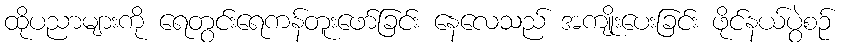
ထိုပညာများကို ရေတွင်းရေကန်တူးဖော်ခြင်း နေလေသည် အကျိုးပေးခြင်း ဖိုင်နယ်ပွဲစဉ်